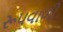
રૂપવાળી